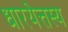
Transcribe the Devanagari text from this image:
धारयेत्तस्य